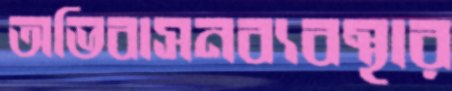
অভিবাসনব্যবস্থার